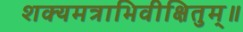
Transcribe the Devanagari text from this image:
शक्यमत्राभिवीक्षितुम्॥